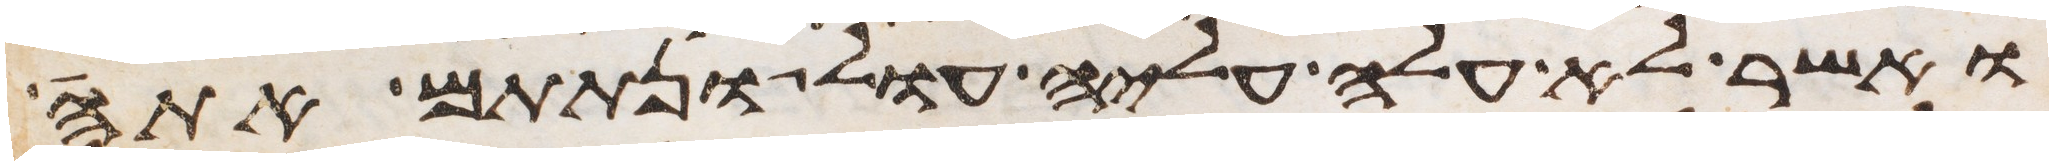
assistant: ואשר לא עלה עליה עול ונתתם אתה